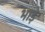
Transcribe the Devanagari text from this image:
भाडे़